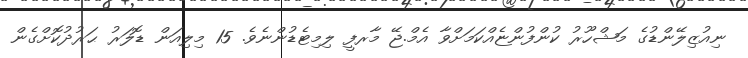
ނިއުޒިލޭންޑުގެ މަޝްހޫރު ކުންފުންޏެއްކަމަށްވާ އެމް.ޖޭ މާރފީ ލިމިޓެޑުންނެވެ. 15 މިލިއަން ޑޮލަރު ޙަރުދުކޮށްގެން